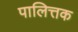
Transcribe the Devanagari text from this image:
पालित्तक